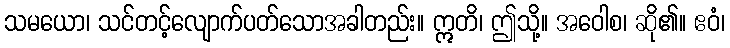
သမယော၊ သင်တင့်လျောက်ပတ်သောအခါတည်း။ ဣတိ၊ ဤသို့။ အဝေါစ၊ ဆို၏။ ဧဝံ၊